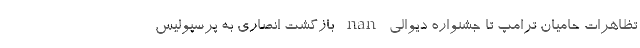
تظاهرات حامیان ترامپ تا جشنواره دیوالی nan بازگشت انصاری به پرسپولیس